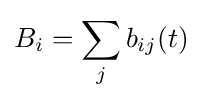
B_{i}=\sum _{j}b_{ij}(t)